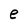
Character: e